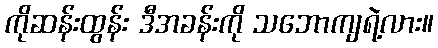
ကိုဆန်းထွန်း ဒီအခန်းကို သဘောကျရဲ့လား။